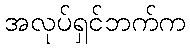
အလုပ်ရှင်ဘက်က